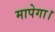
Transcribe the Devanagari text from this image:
मापेगा।